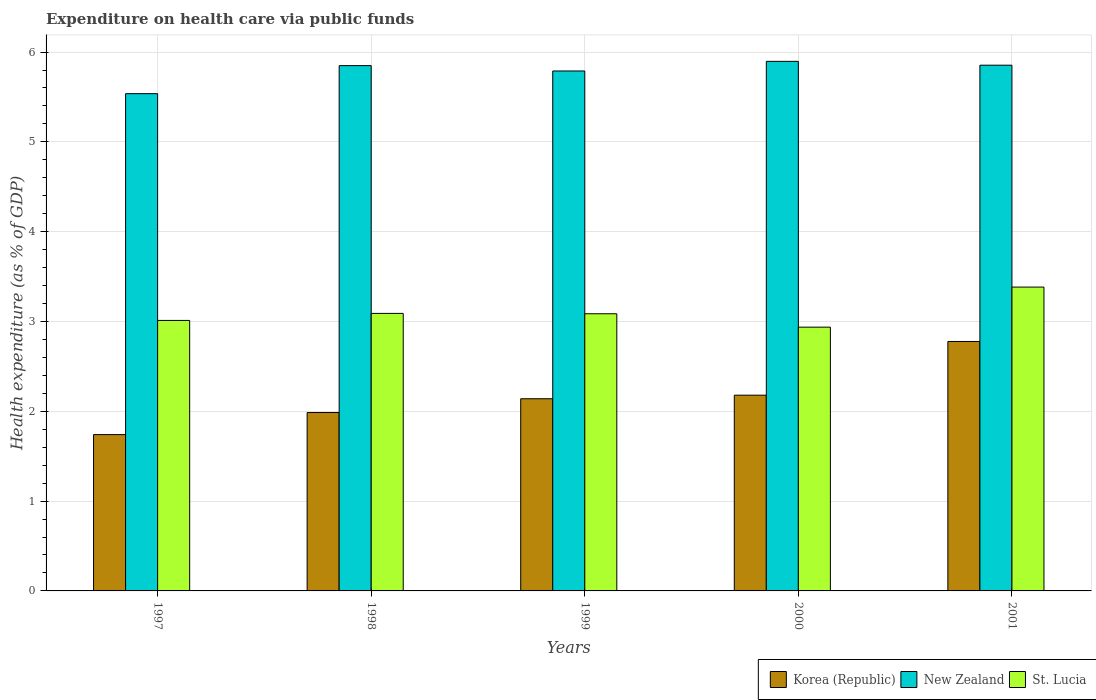
| Years | Korea (Republic) | New Zealand | St. Lucia |
 | --- | --- | --- | --- |
 | 1997 | 1.74 | 5.54 | 3.01 |
 | 1998 | 1.99 | 5.85 | 3.09 |
 | 1999 | 2.14 | 5.79 | 3.09 |
 | 2000 | 2.18 | 5.9 | 2.94 |
 | 2001 | 2.78 | 5.85 | 3.38 |